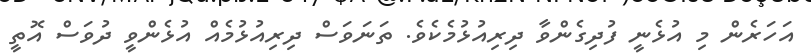
އަހަރެން މި އުޅެނީ ފުދިގެންވާ ދިރިއުޅުމެކެވެ. ތަނަވަސް ދިރިއުޅުމެއް އުޅެންވީ ދުވަސް އޮތީ